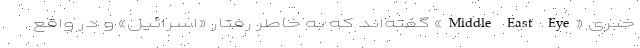
خبری «Middle East Eye» گفته‌اند که به خاطر رفتار «اسرائیل» و در واقع